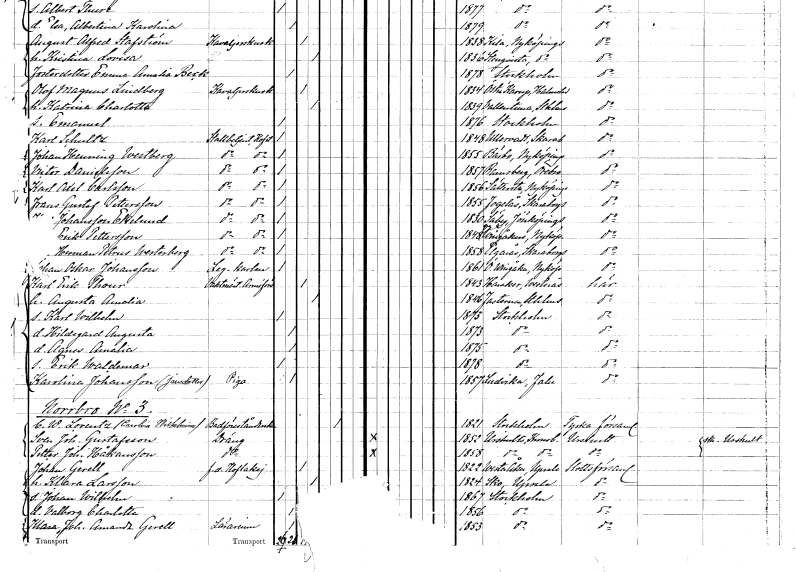
gt_parse: households: individuals: FN: Karl
EN: Schultz
YRKE: Stallbetjänt vid Hovstallet
KON: M
CIV: O
FODAR: 1848
FODFORS: Ullervad Skaraborgs län
FN: Johan Henning
EN: Westberg
YRKE: Stallbetjänt vid Hovstallet
KON: M
CIV: O
FODAR: 1855
FODFORS: Bärbo Södermanlands län
FN: Victor
EN: Danielsson
YRKE: Stallbetjänt vid Hovstallet
KON: M
CIV: O
FODAR: 1857
FODFORS: Ramsberg Örebro län
FN: Karl Axel
EN: Carlsson
YRKE: Stallbetjänt vid Hovstallet
KON: M
CIV: O
FODAR: 1856
FODFORS: Sättersta Södermanlands län
FN: Frans Gustaf
EN: Petersson
YRKE: Stallbetjänt vid Hovstallet
KON: M
CIV: O
FODAR: 1855
FODFORS: Norra Fågelås Skaraborgs län
FN: ??
EN: Johansson Ekelund
YRKE: Stallbetjänt vid Hovstallet
KON: M
CIV: O
FODAR: 1830
FODFORS: Säby Jönköpings län
FN: Lars Erik
EN: Pettersson
YRKE: Stallbetjänt vid Hovstallet
KON: M
CIV: O
FODAR: 1848
FODFORS: Västra Vingåker Södermanlands län
FN: Karl Herman Petrus
EN: Westerberg
YRKE: Stallbetjänt vid Hovstallet
KON: M
CIV: O
FODAR: 1858
FODFORS: Älgarås Skaraborgs län
FN: Johan Oskar
EN: Johansson
YRKE: Legokarl
KON: M
CIV: O
FODAR: 1861
FODFORS: Östra Vingåker Södermanlands län
FN: Karl Erik
EN: Thour
YRKE: Vaktmästare vid arméförvaltningen
KON: M
CIV: G
FODAR: 1843
FODFORS: Haraker Västmanlands län
FN: Augusta Amalia
KON: K
CIV: G
FODAR: 1846
FODFORS: Fasterna Stockholms län
FN: Karl Wilhelm
KON: M
CIV: O
FODAR: 1873
FODFORS: Stockholm
FN: Hildegard Augusta
KON: K
CIV: O
FODAR: 1873
FODFORS: Stockholm
FN: Agnes Amalia
KON: K
CIV: O
FODAR: 1875
FODFORS: Stockholm
FN: Erik Waldemar
KON: M
CIV: O
FODAR: 1878
FODFORS: Stockholm
FN: Karolina
EN: Johansson Jansdotter
YRKE: Piga
KON: K
CIV: O
FODAR: 1857
FODFORS: Ludvika Kopparbergs län
FN: Carolina Wilhelmina
EN: Lorentz
YRKE: Badförestånderska
KON: K
CIV: E
FODAR: 1821
FODFORS: Stockholm
FN: Sven Johan
EN: Gustafsson
YRKE: Dräng
KON: M
CIV: O
FODAR: 1852
FODFORS: Urshult Kronobergs län
FN: Petter Johan
EN: Håkansson
YRKE: Dräng
KON: M
CIV: O
FODAR: 1858
FODFORS: Urshult Kronobergs län
FN: Johan
EN: Gerell
YRKE: Hovlakej f.d.
KON: M
CIV: G
FODAR: 1822
FODFORS: Västeråker Uppsala län
FN: Klara
EN: Larsson
KON: K
CIV: G
FODAR: 1824
FODFORS: Sko Uppsala län
FN: Johan Wilhelm
KON: M
CIV: O
FODAR: 1867
FODFORS: Stockholm
FN: Valborg Charlotta
KON: K
CIV: O
FODAR: 1856
FODFORS: Stockholm
FN: Klara Johanna Amanda
EN: Gerell
YRKE: Lärarinna
KON: K
CIV: O
FODAR: 1853
FODFORS: Stockholm